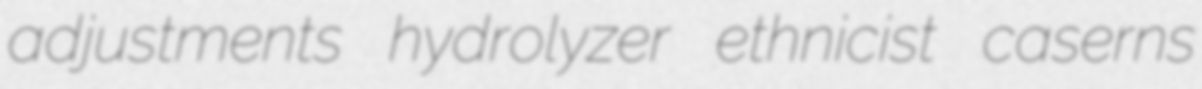
adjustments hydrolyzer ethnicist caserns